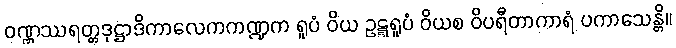
ဝဏ္ဏဿရတ္တဒုဋ္ဌာဒိကာလေကကဏ္ဍက ရူပံ ဝိယ ဥဋ္ဋရူပံ ဝိယစ ဝိပရီတာကာရံ ပကာသေန္တိ။